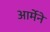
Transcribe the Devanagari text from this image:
आर्मेने